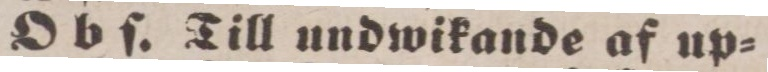
O b ſ . Till undwikande af up=